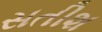
સતીશ